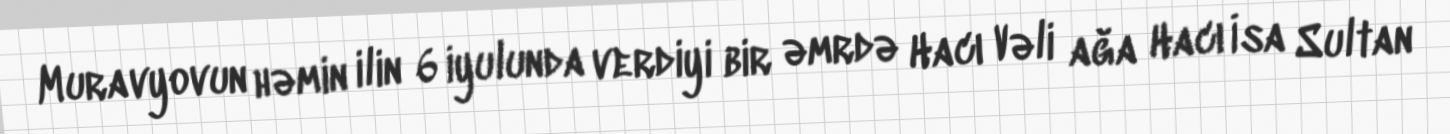
Muravyovun həmin ilin 6 iyulunda verdiyi bir əmrdə Hacı Vəli ağa Hacı İsa Sultan